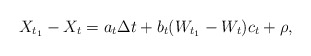
\begin{align*}X_{t_1}-X_t=a_t\Delta t+b_t(W_{t_1}-W_t)c_t + \rho,\end{align*}